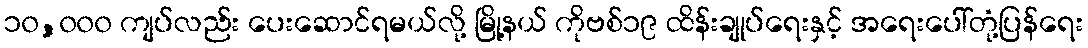
၁၀,၀၀၀ ကျပ်လည်း ပေးဆောင်ရမယ်လို့ မြို့နယ် ကိုဗစ်၁၉ ထိန်းချုပ်ရေးနှင့် အရေးပေါ်တုံ့ပြန်ရေး